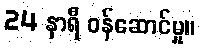
24 နာရီ ဝန်ဆောင်မှု။